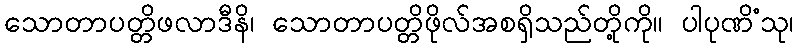
သောတာပတ္တိဖလာဒီနိ၊ သောတာပတ္တိဖိုလ်အစရှိသည်တို့ကို။ ပါပုဏိံသု၊